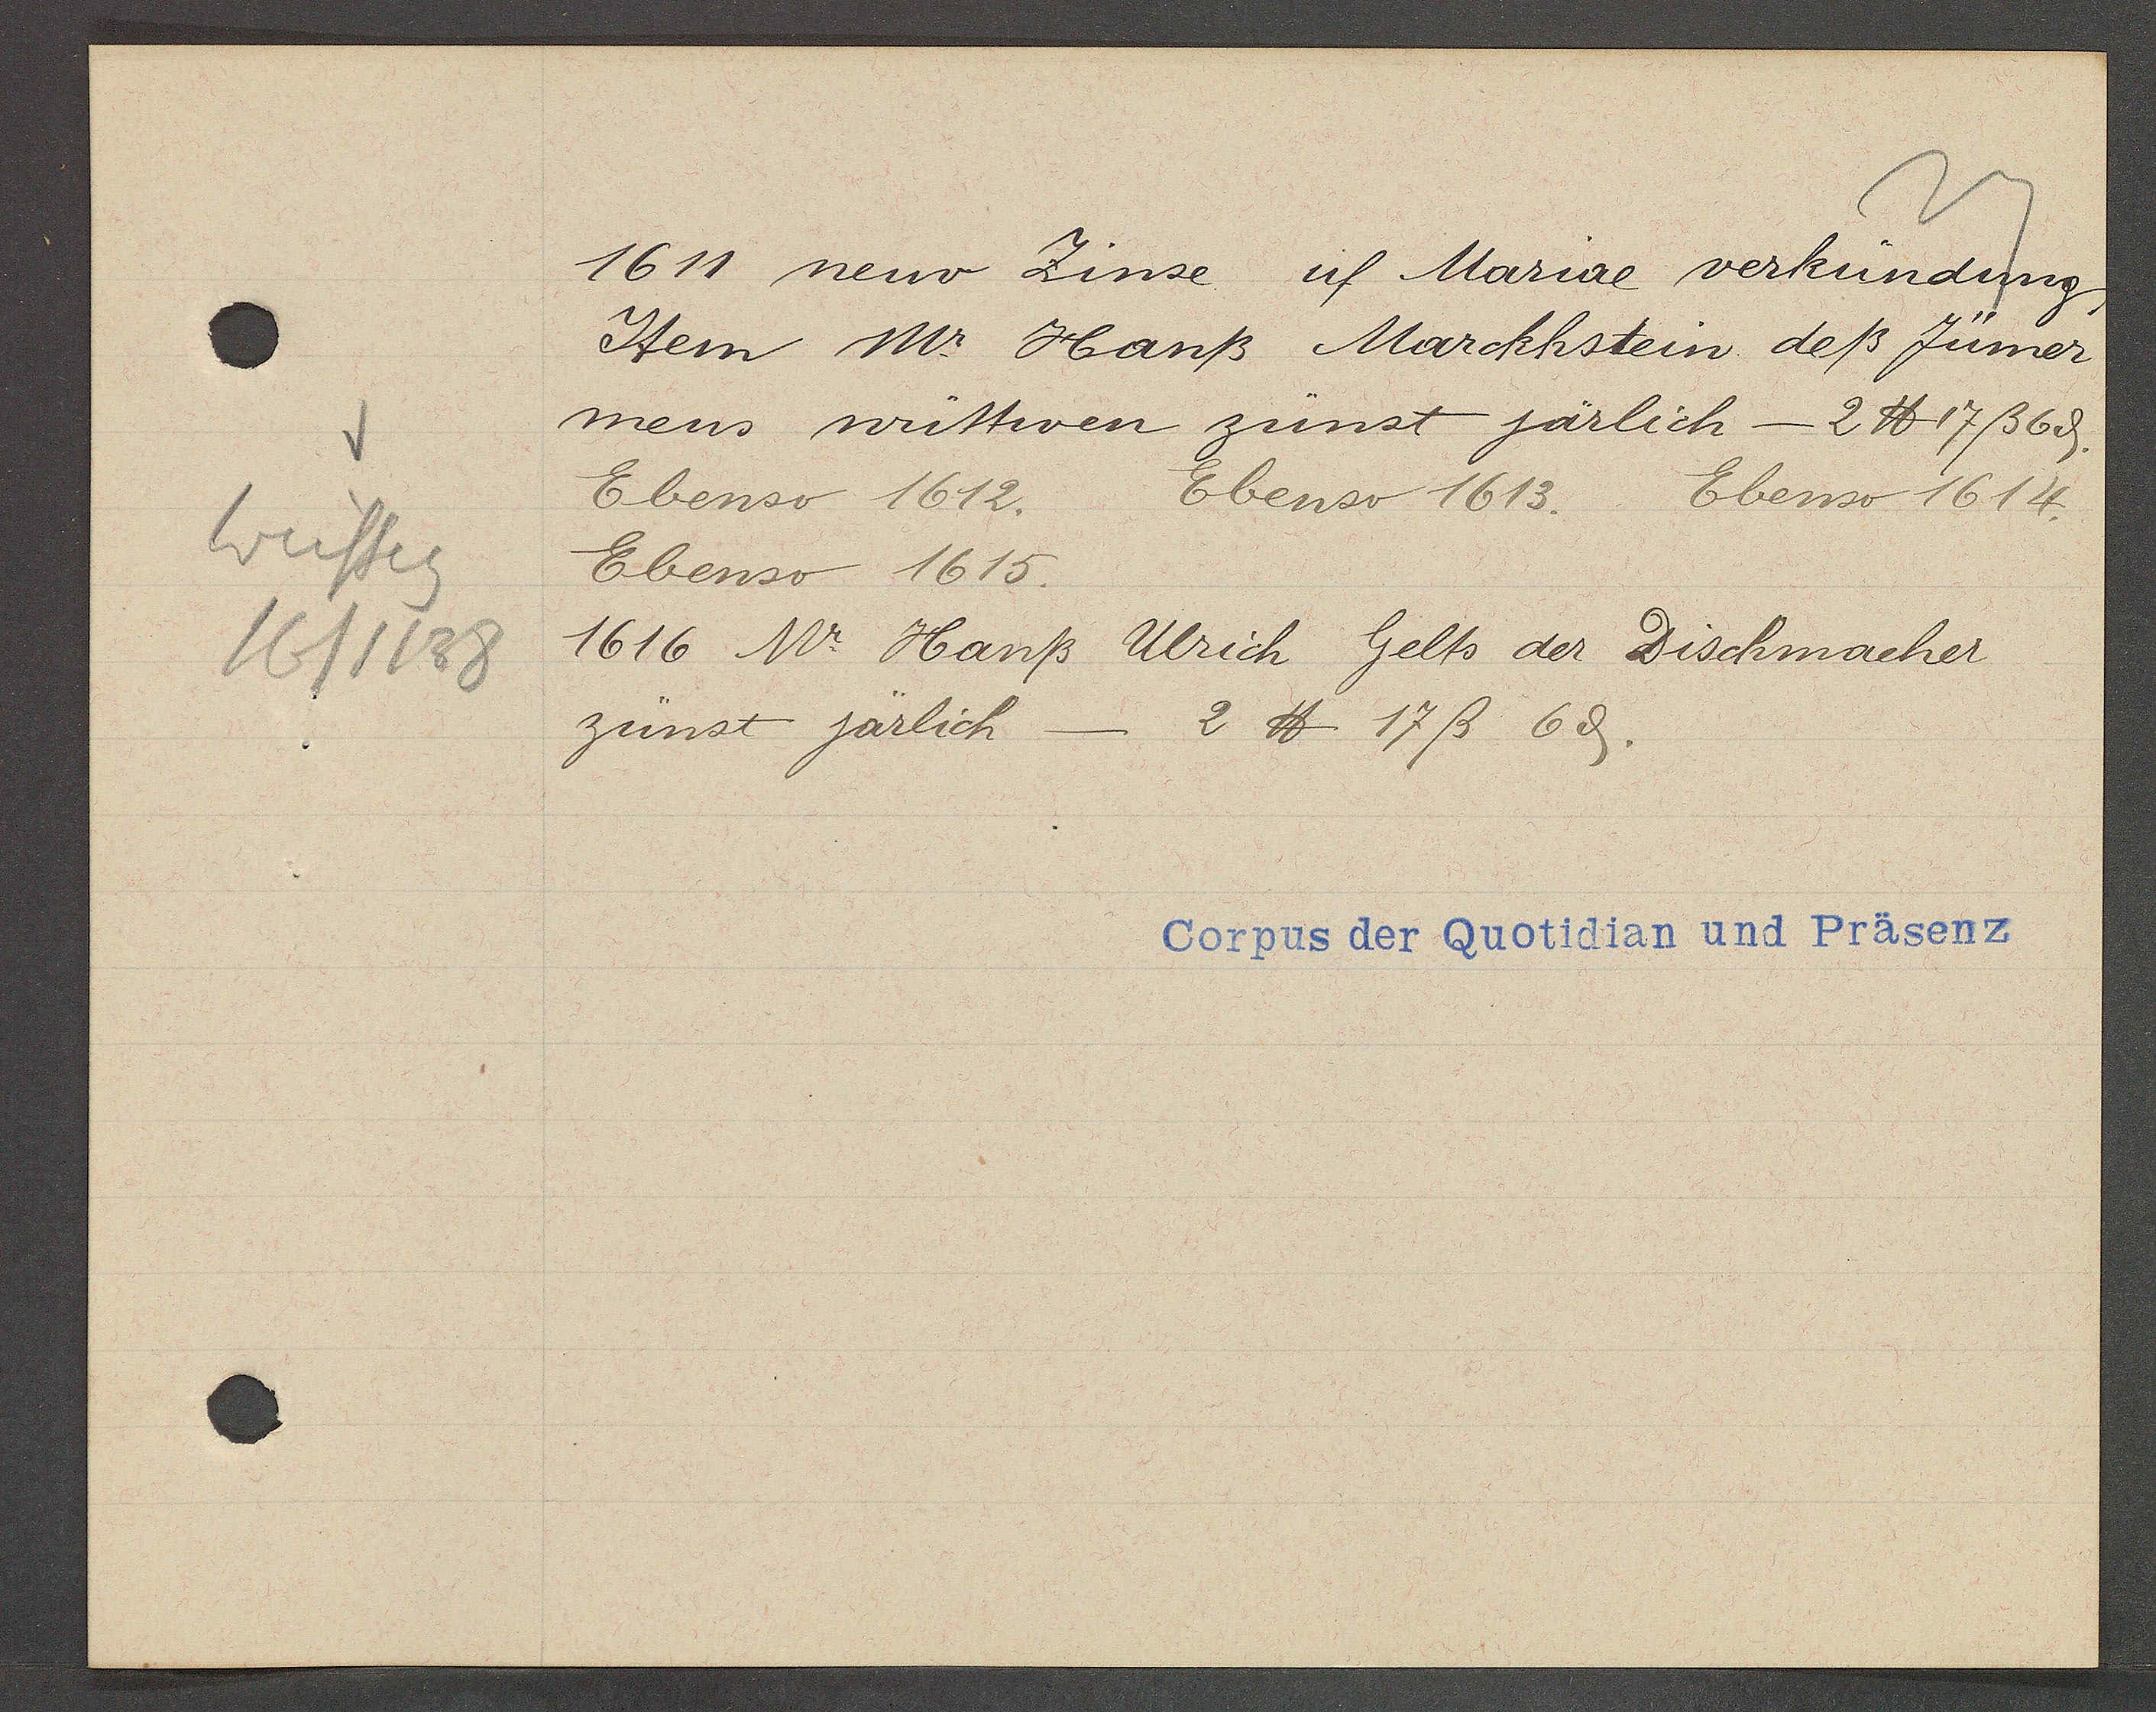
Transcript:
Weisseg
16/1138

1611 neuv Zinse uf Mariae verkündung

Item Mr Hanß Marckhstein deß Jümer
mens wittwen zünst järlich - 2 ℔ 17ß 6ȡ.
Ebenso 1612.
Ebenso 1613.
Ebenso 1614.
Ebenso 1615.
1616 Mr. Hanß Ulrich Gelts der Dischmacher
zünst järlich - 2 ℔ 17ß 6ȡ.

Corpus der Quotidian und Präsenz